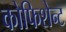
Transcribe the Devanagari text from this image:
कोफिशेन्ट